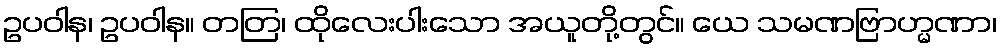
ဥပဝါန၊ ဥပဝါန။ တတြ၊ ထိုလေးပါးသော အယူတို့တွင်။ ယေ သမဏဗြာဟ္မဏာ၊